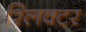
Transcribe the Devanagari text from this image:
श्लिक्टर